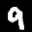
Label: 9